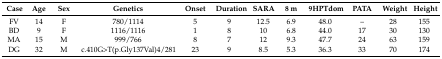
<table><thead><tr><td><b>Case </b></td><td><b>Age</b></td><td><b>Sex</b></td><td><b>Genetics</b></td><td><b>Onset</b></td><td><b>Duration</b></td><td><b>SARA</b></td><td><b>8 m</b></td><td><b>9HPTdom</b></td><td><b>PATA</b></td><td><b>Weight</b></td><td><b>Height</b></td></tr></thead><tbody><tr><td>FV</td><td>14</td><td>F</td><td>780/1114</td><td>5</td><td>9</td><td>12.5</td><td>6.9</td><td>48.0</td><td>--</td><td>28</td><td>155</td></tr><tr><td>BD</td><td>9</td><td>F</td><td>1116/1116</td><td>1</td><td>8</td><td>10</td><td>6.8</td><td>44.0</td><td>17</td><td>30</td><td>130</td></tr><tr><td>MA</td><td>15</td><td>M</td><td>999/766</td><td>8</td><td>7</td><td>12</td><td>9.3</td><td>47.7</td><td>24</td><td>63</td><td>159</td></tr><tr><td>DG</td><td>32</td><td>M</td><td>c.410G&gt;T(p.Gly137Val)4/281</td><td>23</td><td>9</td><td>8.5</td><td>5.3</td><td>36.3</td><td>33</td><td>70</td><td>174</td></tr></tbody></table>